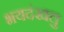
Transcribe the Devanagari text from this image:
भयदंखलु